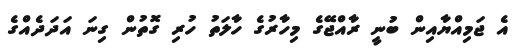
އެ ޖަމިއްޔާއިން ބުނީ ރާއްޖޭގެ މިހާރުގެ ހާލަތު ހުރި ގޮތުން ގިނަ އަދަދެއްގެ